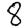
Digit: 8